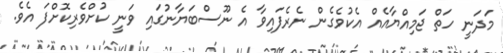
މަދަނީ ހަތް ޖަމިއްޔާއެއް އެކުވެގެން ނެރެފައިވާ އެ ނޫސްބަޔާނުގައި ވަނީ ކުށްވެރިކޮށްފަ އެވެ.